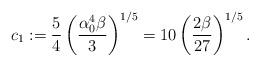
LaTeX: \begin{align*}c_{1}:=\frac{5}{4}\left(\frac{\alpha_{0}^{4}\beta}{3}\right)^{1/5}=10\left(\frac{2\beta}{27}\right)^{1/5}.\end{align*}